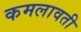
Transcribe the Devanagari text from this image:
कमलावती